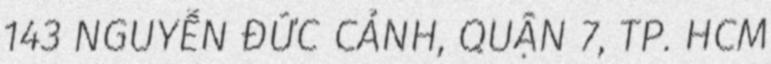
143 NGUYỄN ĐỨC CẢNH, QUẬN 7, TP. HCM